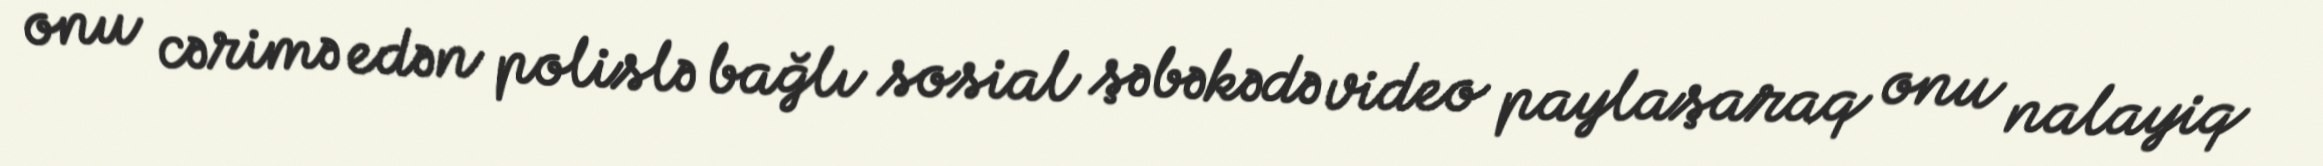
onu cərimə edən polislə bağlı sosial şəbəkədə video paylaşaraq onu nalayiq